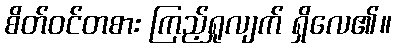
စိတ်ဝင်တစား ကြည့်ရှုလျက် ရှိလေ၏။